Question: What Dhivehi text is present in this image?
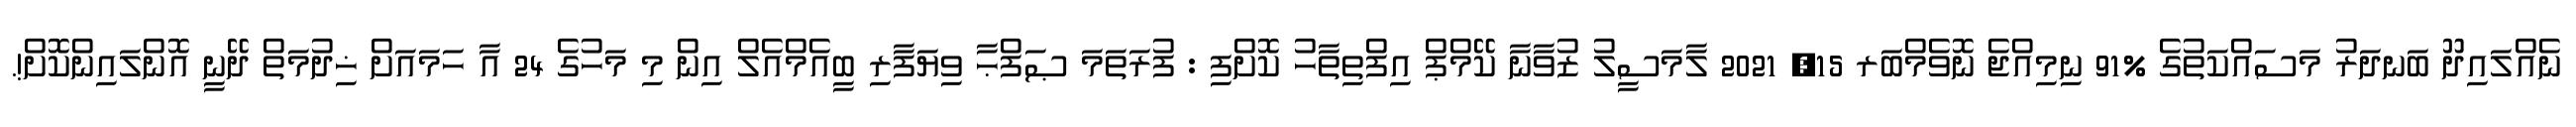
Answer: ނެއްލައިދޫ ބަނދަރު މަސައްކަތުގެ %91 ނިމިއްޖެ ނޮވެމްބަރ 15, 2021 ލާމަސީލު ޒުވާނާ ކޭމްޕް އިފްތިތާހު ކޮށްފި : ފުރަތަމަ ޞަފްޙާ ވިޔަފާރި ބީއެމްއެލް އިން މި މަހުގެ 24 އާ ހަމައަށް ޚިދުމަތް ދޭނީ އޮންލައިންކޮށް!.